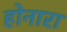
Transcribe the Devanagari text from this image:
होनारा